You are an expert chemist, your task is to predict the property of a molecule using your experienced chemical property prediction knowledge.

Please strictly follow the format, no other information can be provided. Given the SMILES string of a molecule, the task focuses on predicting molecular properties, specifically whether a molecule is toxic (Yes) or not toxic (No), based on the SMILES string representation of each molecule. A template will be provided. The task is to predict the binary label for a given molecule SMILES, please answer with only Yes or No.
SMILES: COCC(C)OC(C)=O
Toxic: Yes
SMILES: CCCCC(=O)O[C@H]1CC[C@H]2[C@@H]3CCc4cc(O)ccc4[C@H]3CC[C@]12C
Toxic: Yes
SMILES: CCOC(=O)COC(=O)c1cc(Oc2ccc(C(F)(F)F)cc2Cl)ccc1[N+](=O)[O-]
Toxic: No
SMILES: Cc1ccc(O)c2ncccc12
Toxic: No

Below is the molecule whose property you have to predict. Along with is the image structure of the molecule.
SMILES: Cc1ccc(C(=O)C(C)CN2CCCCC2)cc1
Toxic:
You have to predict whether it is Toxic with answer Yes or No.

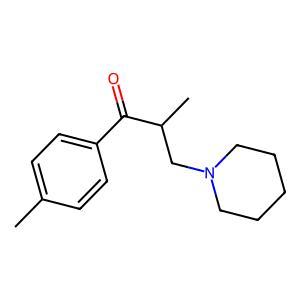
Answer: No